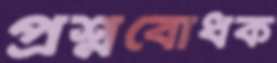
প্রশ্নবোধক